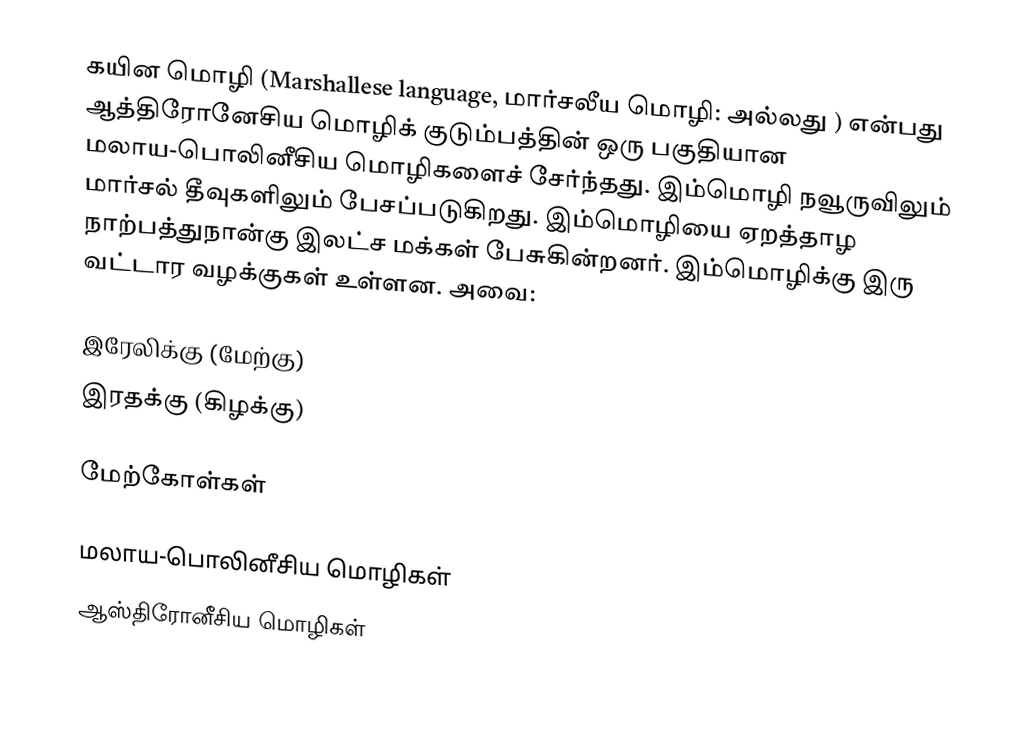
கயின மொழி (Marshallese language, மார்சலீய மொழி:  அல்லது  ) என்பது ஆத்திரோனேசிய மொழிக் குடும்பத்தின் ஒரு பகுதியான மலாய-பொலினீசிய மொழிகளைச் சேர்ந்தது. இம்மொழி நவூருவிலும் மார்சல் தீவுகளிலும் பேசப்படுகிறது. இம்மொழியை ஏறத்தாழ நாற்பத்துநான்கு இலட்ச மக்கள் பேசுகின்றனர். இம்மொழிக்கு இரு வட்டார வழக்குகள் உள்ளன. அவை:

 இரேலிக்கு (மேற்கு)
 இரதக்கு (கிழக்கு)

மேற்கோள்கள்

மலாய-பொலினீசிய மொழிகள்
ஆஸ்திரோனீசிய மொழிகள்